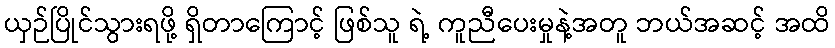
ယှဉ်ပြိုင်သွားရဖို့ ရှိတာကြောင့် ဖြစ်သူ ရဲ့ ကူညီပေးမှုနဲ့အတူ ဘယ်အဆင့် အထိ